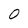
Character: O